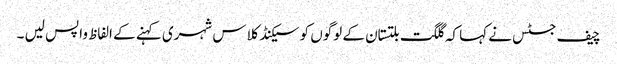
چیف جسٹس نے کہا کہ گلگت بلتستان کے لوگوں کو سیکنڈ کلاس شہری کہنے کے الفاظ واپس لیں ۔